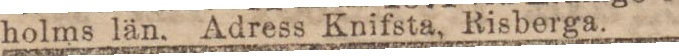
holms län. Adress Knifsta, Risberga.